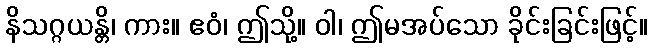
နိသဂ္ဂယန္တိ၊ ကား။ ဧဝံ၊ ဤသို့။ ဝါ၊ ဤမအပ်သော ခိုင်းခြင်းဖြင့်။